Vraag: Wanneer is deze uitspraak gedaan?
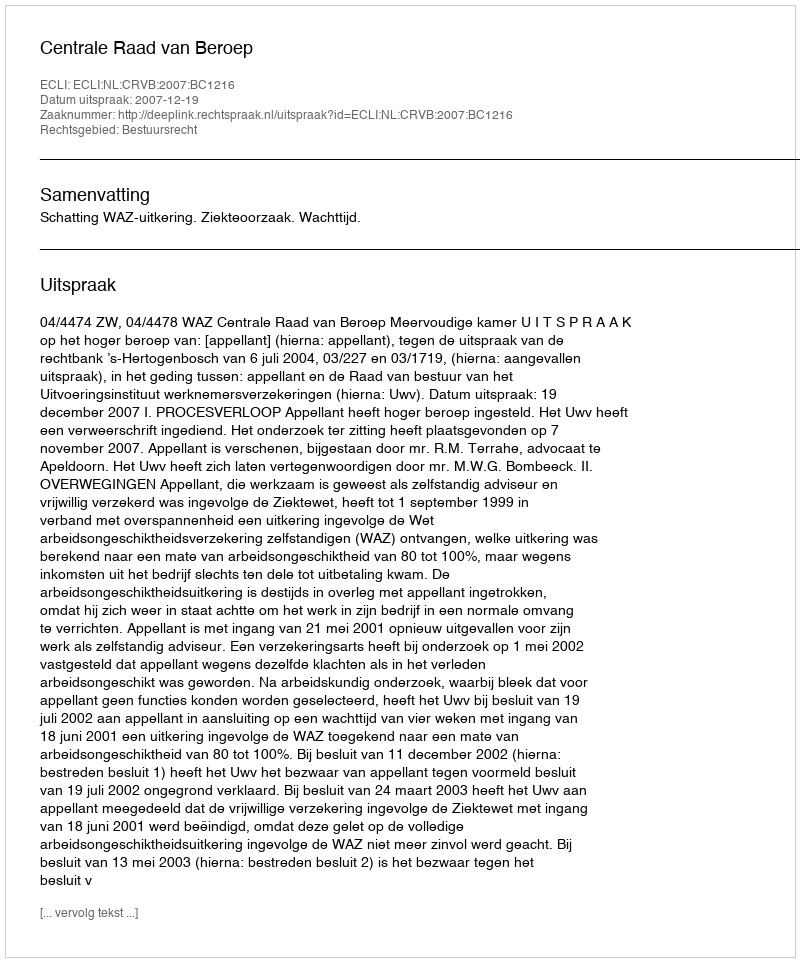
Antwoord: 2007-12-19